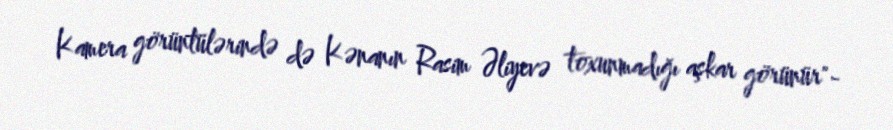
Kamera görüntülərində də Kənanın Rasim Əliyevə toxunmadığı aşkar görünür"-